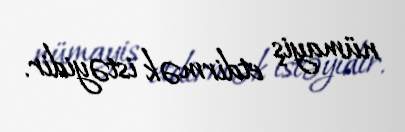
nümayiş etdirmək istəyidir.